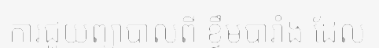
ការជួយព្យាបាលពី ខ្ទឹមបារាំង ដែល